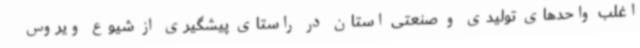
اغلب واحدهای تولیدی و صنعتی استان در راستای پیشگیری از شیوع ویروس